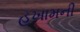
હખામની